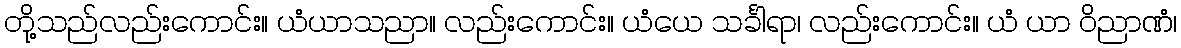
တို့သည်လည်းကောင်း။ ယံယာသညာ။ လည်းကောင်း။ ယံယေ သင်္ခါရာ၊ လည်းကောင်း။ ယံ ယာ ဝိညာဏံ၊